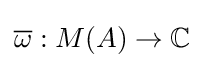
{\overline {\omega }}:M(A)\to \mathbb {C}